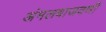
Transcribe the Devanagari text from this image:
अंमलबाजवणी